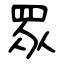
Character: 眾